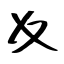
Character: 夊